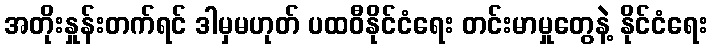
အတိုးနှုန်းတက်ရင် ဒါမှမဟုတ် ပထဝီနိုင်ငံရေး တင်းမာမှုတွေနဲ့ နိုင်ငံရေး